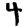
Digit: 4